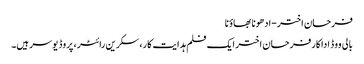
فرحان اختر-ادھونا بھاؤنا
بالی ووڈ اداکارفرحان اختر ایک فلم ہدایت کار، سکرین رائٹر، پروڈ یوسر ہیں۔